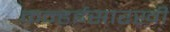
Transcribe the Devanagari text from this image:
कन्हईसारखी